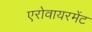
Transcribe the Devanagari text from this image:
एरोवायरमेंट